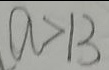
a > 1 3